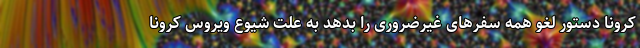
کرونا دستور لغو همه سفرهای غیرضروری را بدهد به علت شیوع ویروس کرونا